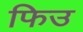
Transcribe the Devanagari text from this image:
फिउ